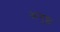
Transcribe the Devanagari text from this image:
अगुष्ठ